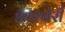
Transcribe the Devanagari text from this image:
आश्बेरी